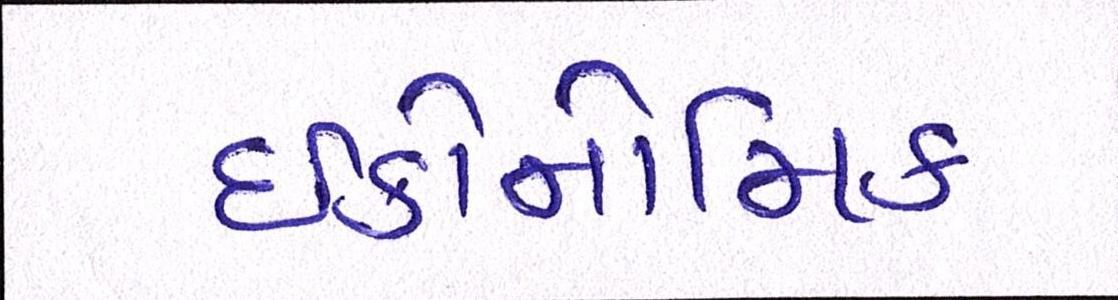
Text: ઈકોનોમિક